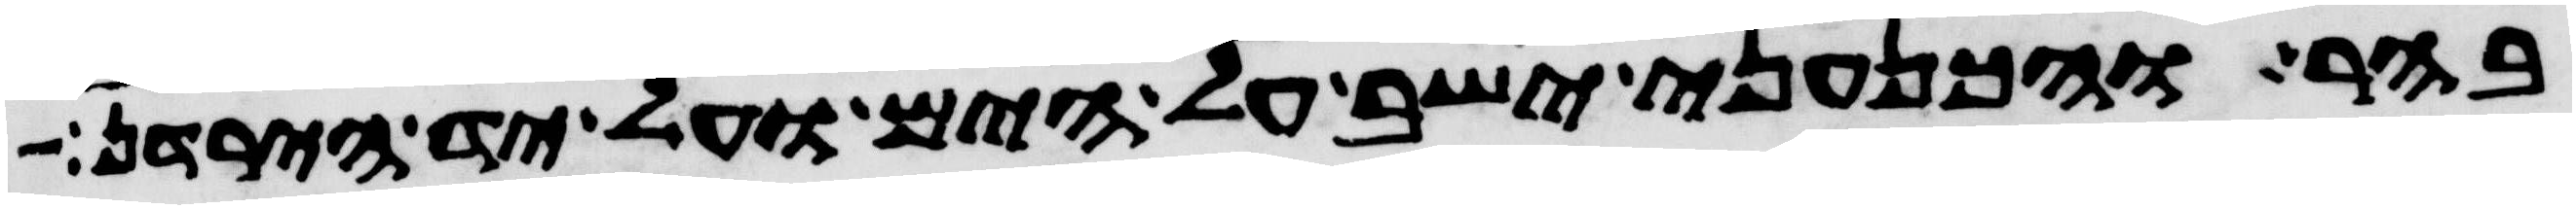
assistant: בהר והכנעני ישב על הים ועל יד הירדן